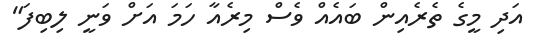
އަދި މީގެ ތެރެއިން ބައެއް ވެސް މިރެއާ ހަމަ އަށް ވަނީ ލިބިފަ"